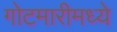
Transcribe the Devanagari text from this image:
गोटमारीमध्ये